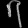
Digit: ၇